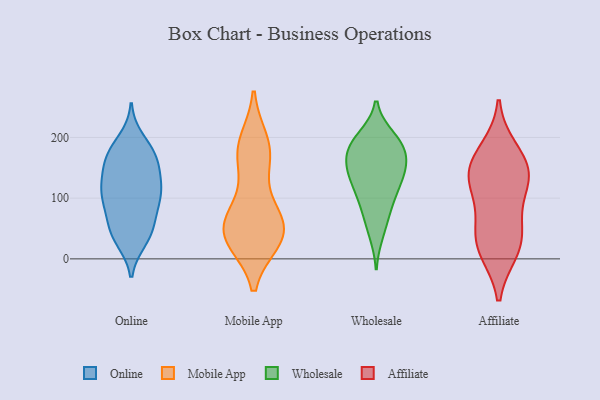
{"axis": {"x": "Net Income (USD K)", "y": "Value"}, "legend": ["Affiliate", "Mobile App", "Online", "Wholesale"], "data": [{"x": "", "y": 131, "type": "Online"}, {"x": "", "y": 162, "type": "Online"}, {"x": "", "y": 100, "type": "Online"}, {"x": "", "y": 179, "type": "Online"}, {"x": "", "y": 169, "type": "Online"}, {"x": "", "y": 78, "type": "Online"}, {"x": "", "y": 136, "type": "Online"}, {"x": "", "y": 196, "type": "Online"}, {"x": "", "y": 31, "type": "Online"}, {"x": "", "y": 120, "type": "Online"}, {"x": "", "y": 108, "type": "Online"}, {"x": "", "y": 54, "type": "Online"}, {"x": "", "y": 166, "type": "Online"}, {"x": "", "y": 90, "type": "Online"}, {"x": "", "y": 168, "type": "Online"}, {"x": "", "y": 41, "type": "Online"}, {"x": "", "y": 34, "type": "Online"}, {"x": "", "y": 117, "type": "Online"}, {"x": "", "y": 100, "type": "Online"}, {"x": "", "y": 51, "type": "Online"}, {"x": "", "y": 179, "type": "Mobile App"}, {"x": "", "y": 31, "type": "Mobile App"}, {"x": "", "y": 55, "type": "Mobile App"}, {"x": "", "y": 33, "type": "Mobile App"}, {"x": "", "y": 192, "type": "Mobile App"}, {"x": "", "y": 41, "type": "Mobile App"}, {"x": "", "y": 179, "type": "Mobile App"}, {"x": "", "y": 81, "type": "Mobile App"}, {"x": "", "y": 156, "type": "Mobile App"}, {"x": "", "y": 40, "type": "Mobile App"}, {"x": "", "y": 40, "type": "Mobile App"}, {"x": "", "y": 76, "type": "Mobile App"}, {"x": "", "y": 140, "type": "Wholesale"}, {"x": "", "y": 68, "type": "Wholesale"}, {"x": "", "y": 88, "type": "Wholesale"}, {"x": "", "y": 183, "type": "Wholesale"}, {"x": "", "y": 173, "type": "Wholesale"}, {"x": "", "y": 110, "type": "Wholesale"}, {"x": "", "y": 191, "type": "Wholesale"}, {"x": "", "y": 200, "type": "Wholesale"}, {"x": "", "y": 141, "type": "Wholesale"}, {"x": "", "y": 169, "type": "Wholesale"}, {"x": "", "y": 42, "type": "Wholesale"}, {"x": "", "y": 140, "type": "Wholesale"}, {"x": "", "y": 111, "type": "Wholesale"}, {"x": "", "y": 195, "type": "Wholesale"}, {"x": "", "y": 151, "type": "Wholesale"}, {"x": "", "y": 47, "type": "Affiliate"}, {"x": "", "y": 132, "type": "Affiliate"}, {"x": "", "y": 104, "type": "Affiliate"}, {"x": "", "y": 158, "type": "Affiliate"}, {"x": "", "y": 15, "type": "Affiliate"}, {"x": "", "y": 179, "type": "Affiliate"}, {"x": "", "y": 144, "type": "Affiliate"}, {"x": "", "y": 44, "type": "Affiliate"}, {"x": "", "y": 134, "type": "Affiliate"}, {"x": "", "y": 14, "type": "Affiliate"}]}